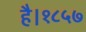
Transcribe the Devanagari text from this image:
है।१८५७